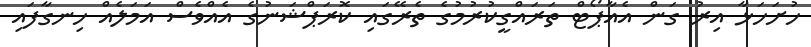
ހުށަހަޅާ އިރު ގަން އެއާޕޯޓް ތަރައްގީކުރުމުގެ ތެރޭގައި ކޮރަޕްޝަނުގެ އެއްވެސް އަމަލެއް ހިނގާފައި